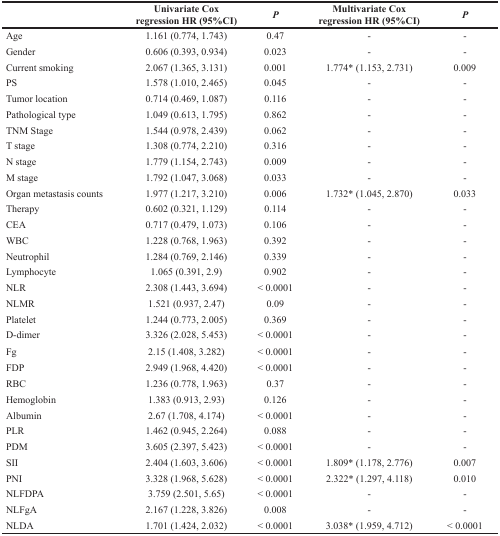
<table><thead><tr><td></td><td><b>Univariate Cox regression HR (95%CI)</b></td><td><b><i>P</i></b></td><td><b>Multivariate Cox regression HR (95%CI)</b></td><td><b><i>P</i></b></td></tr></thead><tbody><tr><td>Age</td><td>1.161 (0.774, 1.743)</td><td>0.47</td><td>-</td><td>-</td></tr><tr><td>Gender</td><td>0.606 (0.393, 0.934)</td><td>0.023</td><td>-</td><td>-</td></tr><tr><td>Current smoking</td><td>2.067 (1.365, 3.131)</td><td>0.001</td><td>1.774* (1.153, 2.731)</td><td>0.009</td></tr><tr><td>PS</td><td>1.578 (1.010, 2.465)</td><td>0.045</td><td>-</td><td>-</td></tr><tr><td>Tumor location</td><td>0.714 (0.469, 1.087)</td><td>0.116</td><td>-</td><td>-</td></tr><tr><td>Pathological type</td><td>1.049 (0.613, 1.795)</td><td>0.862</td><td>-</td><td>-</td></tr><tr><td>TNM Stage</td><td>1.544 (0.978, 2.439)</td><td>0.062</td><td>-</td><td>-</td></tr><tr><td>T stage</td><td>1.308 (0.774, 2.210)</td><td>0.316</td><td>-</td><td>-</td></tr><tr><td>N stage</td><td>1.779 (1.154, 2.743)</td><td>0.009</td><td>-</td><td>-</td></tr><tr><td>M stage</td><td>1.792 (1.047, 3.068)</td><td>0.033</td><td>-</td><td>-</td></tr><tr><td>Organ metastasis counts</td><td>1.977 (1.217, 3.210)</td><td>0.006</td><td>1.732* (1.045, 2.870)</td><td>0.033</td></tr><tr><td>Therapy</td><td>0.602 (0.321, 1.129)</td><td>0.114</td><td>-</td><td>-</td></tr><tr><td>CEA</td><td>0.717 (0.479, 1.073)</td><td>0.106</td><td>-</td><td>-</td></tr><tr><td>WBC</td><td>1.228 (0.768, 1.963)</td><td>0.392</td><td>-</td><td>-</td></tr><tr><td>Neutrophil</td><td>1.284 (0.769, 2.146)</td><td>0.339</td><td>-</td><td>-</td></tr><tr><td>Lymphocyte</td><td>1.065 (0.391, 2.9)</td><td>0.902</td><td>-</td><td>-</td></tr><tr><td>NLR</td><td>2.308 (1.443, 3.694)</td><td>&lt; 0.0001</td><td>-</td><td>-</td></tr><tr><td>NLMR</td><td>1.521 (0.937, 2.47)</td><td>0.09</td><td>-</td><td>-</td></tr><tr><td>Platelet</td><td>1.244 (0.773, 2.005)</td><td>0.369</td><td>-</td><td>-</td></tr><tr><td>D-dimer</td><td>3.326 (2.028, 5.453)</td><td>&lt; 0.0001</td><td>-</td><td>-</td></tr><tr><td>Fg</td><td>2.15 (1.408, 3.282)</td><td>&lt; 0.0001</td><td>-</td><td>-</td></tr><tr><td>FDP</td><td>2.949 (1.968, 4.420)</td><td>&lt; 0.0001</td><td>-</td><td>-</td></tr><tr><td>RBC</td><td>1.236 (0.778, 1.963)</td><td>0.37</td><td>-</td><td>-</td></tr><tr><td>Hemoglobin</td><td>1.383 (0.913, 2.93)</td><td>0.126</td><td>-</td><td>-</td></tr><tr><td>Albumin</td><td>2.67 (1.708, 4.174)</td><td>&lt; 0.0001</td><td>-</td><td>-</td></tr><tr><td>PLR</td><td>1.462 (0.945, 2.264)</td><td>0.088</td><td>-</td><td>-</td></tr><tr><td>PDM</td><td>3.605 (2.397, 5.423)</td><td>&lt; 0.0001</td><td>-</td><td>-</td></tr><tr><td>SII</td><td>2.404 (1.603, 3.606)</td><td>&lt; 0.0001</td><td>1.809* (1.178, 2.776)</td><td>0.007</td></tr><tr><td>PNI</td><td>3.328 (1.968, 5.628)</td><td>&lt; 0.0001</td><td>2.322* (1.297, 4.118)</td><td>0.010</td></tr><tr><td>NLFDPA</td><td>3.759 (2.501, 5.65)</td><td>&lt; 0.0001</td><td>-</td><td>-</td></tr><tr><td>NLFgA</td><td>2.167 (1.228, 3.826)</td><td>0.008</td><td>-</td><td>-</td></tr><tr><td>NLDA</td><td>1.701 (1.424, 2.032)</td><td>&lt; 0.0001</td><td>3.038* (1.959, 4.712)</td><td>&lt; 0.0001</td></tr></tbody></table>